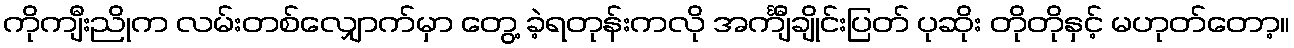
ကိုကျီးညိုက လမ်းတစ်လျှောက်မှာ တွေ့ ခဲ့ရတုန်းကလို အင်္ကျီချိုင်းပြတ် ပုဆိုး တိုတိုနှင့် မဟုတ်တော့။